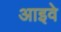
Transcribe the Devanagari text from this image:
आइवे